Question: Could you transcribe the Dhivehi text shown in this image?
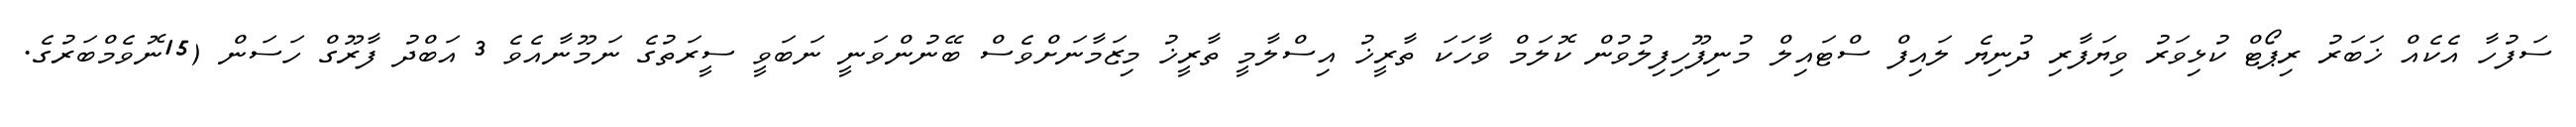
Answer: ސަފުހާ އެކެއް ޚަބަރު ރިޕޯޓް ކުޅިވަރު ވިޔަފާރި ދުނިޔެ ލައިފް ސްޓައިލް މުނިފޫހިފިލުވުން ކޮލަމް ވާހަކަ ތާރީޚު އިސްލާމީ ތާރީޚު މިޒަމާނަށްވެސް ބޭނުންވަނީ ނަބަވީ ސީރަތުގެ ނަމޫނާއެވެ 3 އަބްދު ފާރޫގް ހަސަން (15ނޮވެމްބަރުގެ.